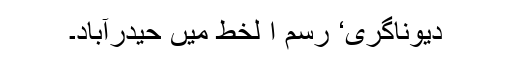
دیوناگری‘ رسم ا لخط میں حیدرآباد۔